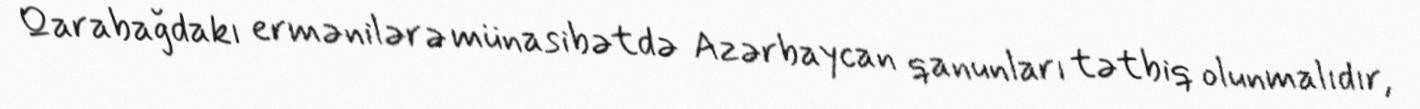
Qarabağdakı ermənilərə münasibətdə Azərbaycan qanunları tətbiq olunmalıdır,